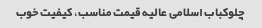
چلوکباب اسلامی عالیه قیمت مناسب، کیفیت خوب